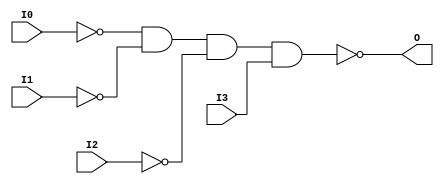

/*

FUNCTION	: 4-INPUT NAND GATE

*/

`timescale  100 ps / 10 ps

`celldefine

module NAND4B3 (O, I0, I1, I2, I3);


    output O;

    input  I0, I1, I2, I3;

    not N2 (i2_inv, I2);
    not N1 (i1_inv, I1);
    not N0 (i0_inv, I0);
    nand A1 (O, i0_inv, i1_inv, i2_inv, I3);

    specify
	(I0 *> O) = (0, 0);
	(I1 *> O) = (0, 0);
	(I2 *> O) = (0, 0);
	(I3 *> O) = (0, 0);
    endspecify

endmodule

`endcelldefine